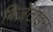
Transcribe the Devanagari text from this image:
बिज़ेंटाइन